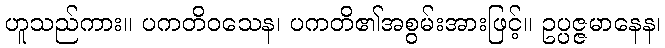
ဟူသည်ကား။ ပကတိဝသေန၊ ပကတိ၏အစွမ်းအားဖြင့်။ ဥပ္ပဇ္ဇမာနေန၊